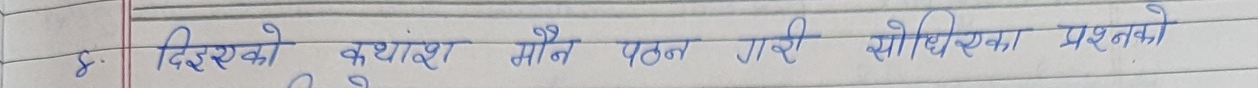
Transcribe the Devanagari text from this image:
४ दिएका कथांश मौन पठन गरी सोधिएका प्रश्नको